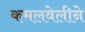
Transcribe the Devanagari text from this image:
कमलवेलीने